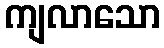
ကျလာသော